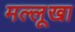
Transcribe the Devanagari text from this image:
मल्लूखा